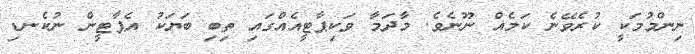
ނިންމުމަކީ ކުރެވޭނެ ކަމެއް ނޫނެވެ. މާދަމާ ވަކިޕާޓީއެއްގައި ތިބި ބަޔަކު އެޕާޓީން ނުކެނޑި